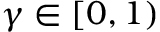
\gamma \in [ 0 , 1 )